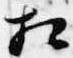
相